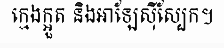
ក្មេងក្អួត និងអាឡែស៊ីស្បែក។